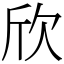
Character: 欣